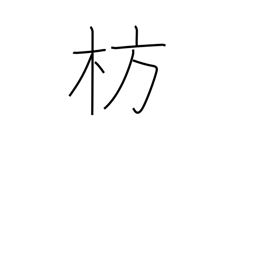
Meaning: boat